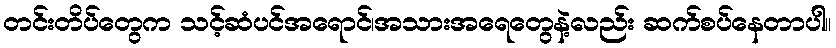
တင်းတိပ်တွေက သင့်ဆံပင်အရောင်၊အသားအရေတွေနဲ့လည်း ဆက်စပ်နေတာပါ။